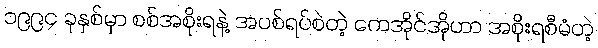
၁၉၉၄ ခုနှစ်မှာ စစ်အစိုးရနဲ့ အပစ်ရပ်စဲတဲ့ ကေအိုင်အိုဟာ အစိုးရစီမံတဲ့